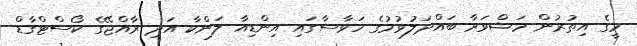
މީގެ އިތުރުން މަޝްވަރާ ބައްދަލުވުމުގެ ހަވާސާގައި އިންޑިއާ ލަންކާ އަދި ރާއްޖޭގެ ކޯސްޓްގާޑް